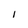
Character: I